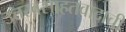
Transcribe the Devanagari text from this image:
उत्तरवसाहतवादाची